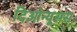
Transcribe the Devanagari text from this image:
दिओन्यूसस